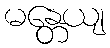
မန္တေယျ